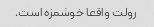
رولت واقعا خوشمزه است.